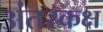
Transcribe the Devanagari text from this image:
अंतरकक्ष